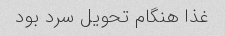
غذا هنگام تحویل سرد بود